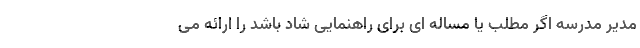
مدیر مدرسه اگر مطلب یا مساله ای برای راهنمایی شاد باشد را ارائه می